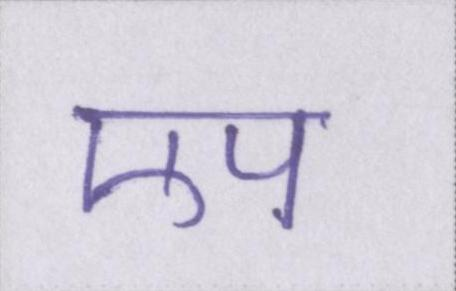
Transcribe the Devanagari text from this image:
एप